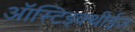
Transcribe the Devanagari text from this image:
ऑस्टिइक्थीईज़